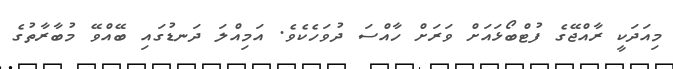
މިއަދަކީ ރާއްޖޭގެ ފުޓްބޯޅައަށް ވަރަށް ހާއްސަ ދުވަހެކެވެ. އަމިއްލަ ދަނޑުގައި ބޭއްވޭ މުބާރާތުގެ